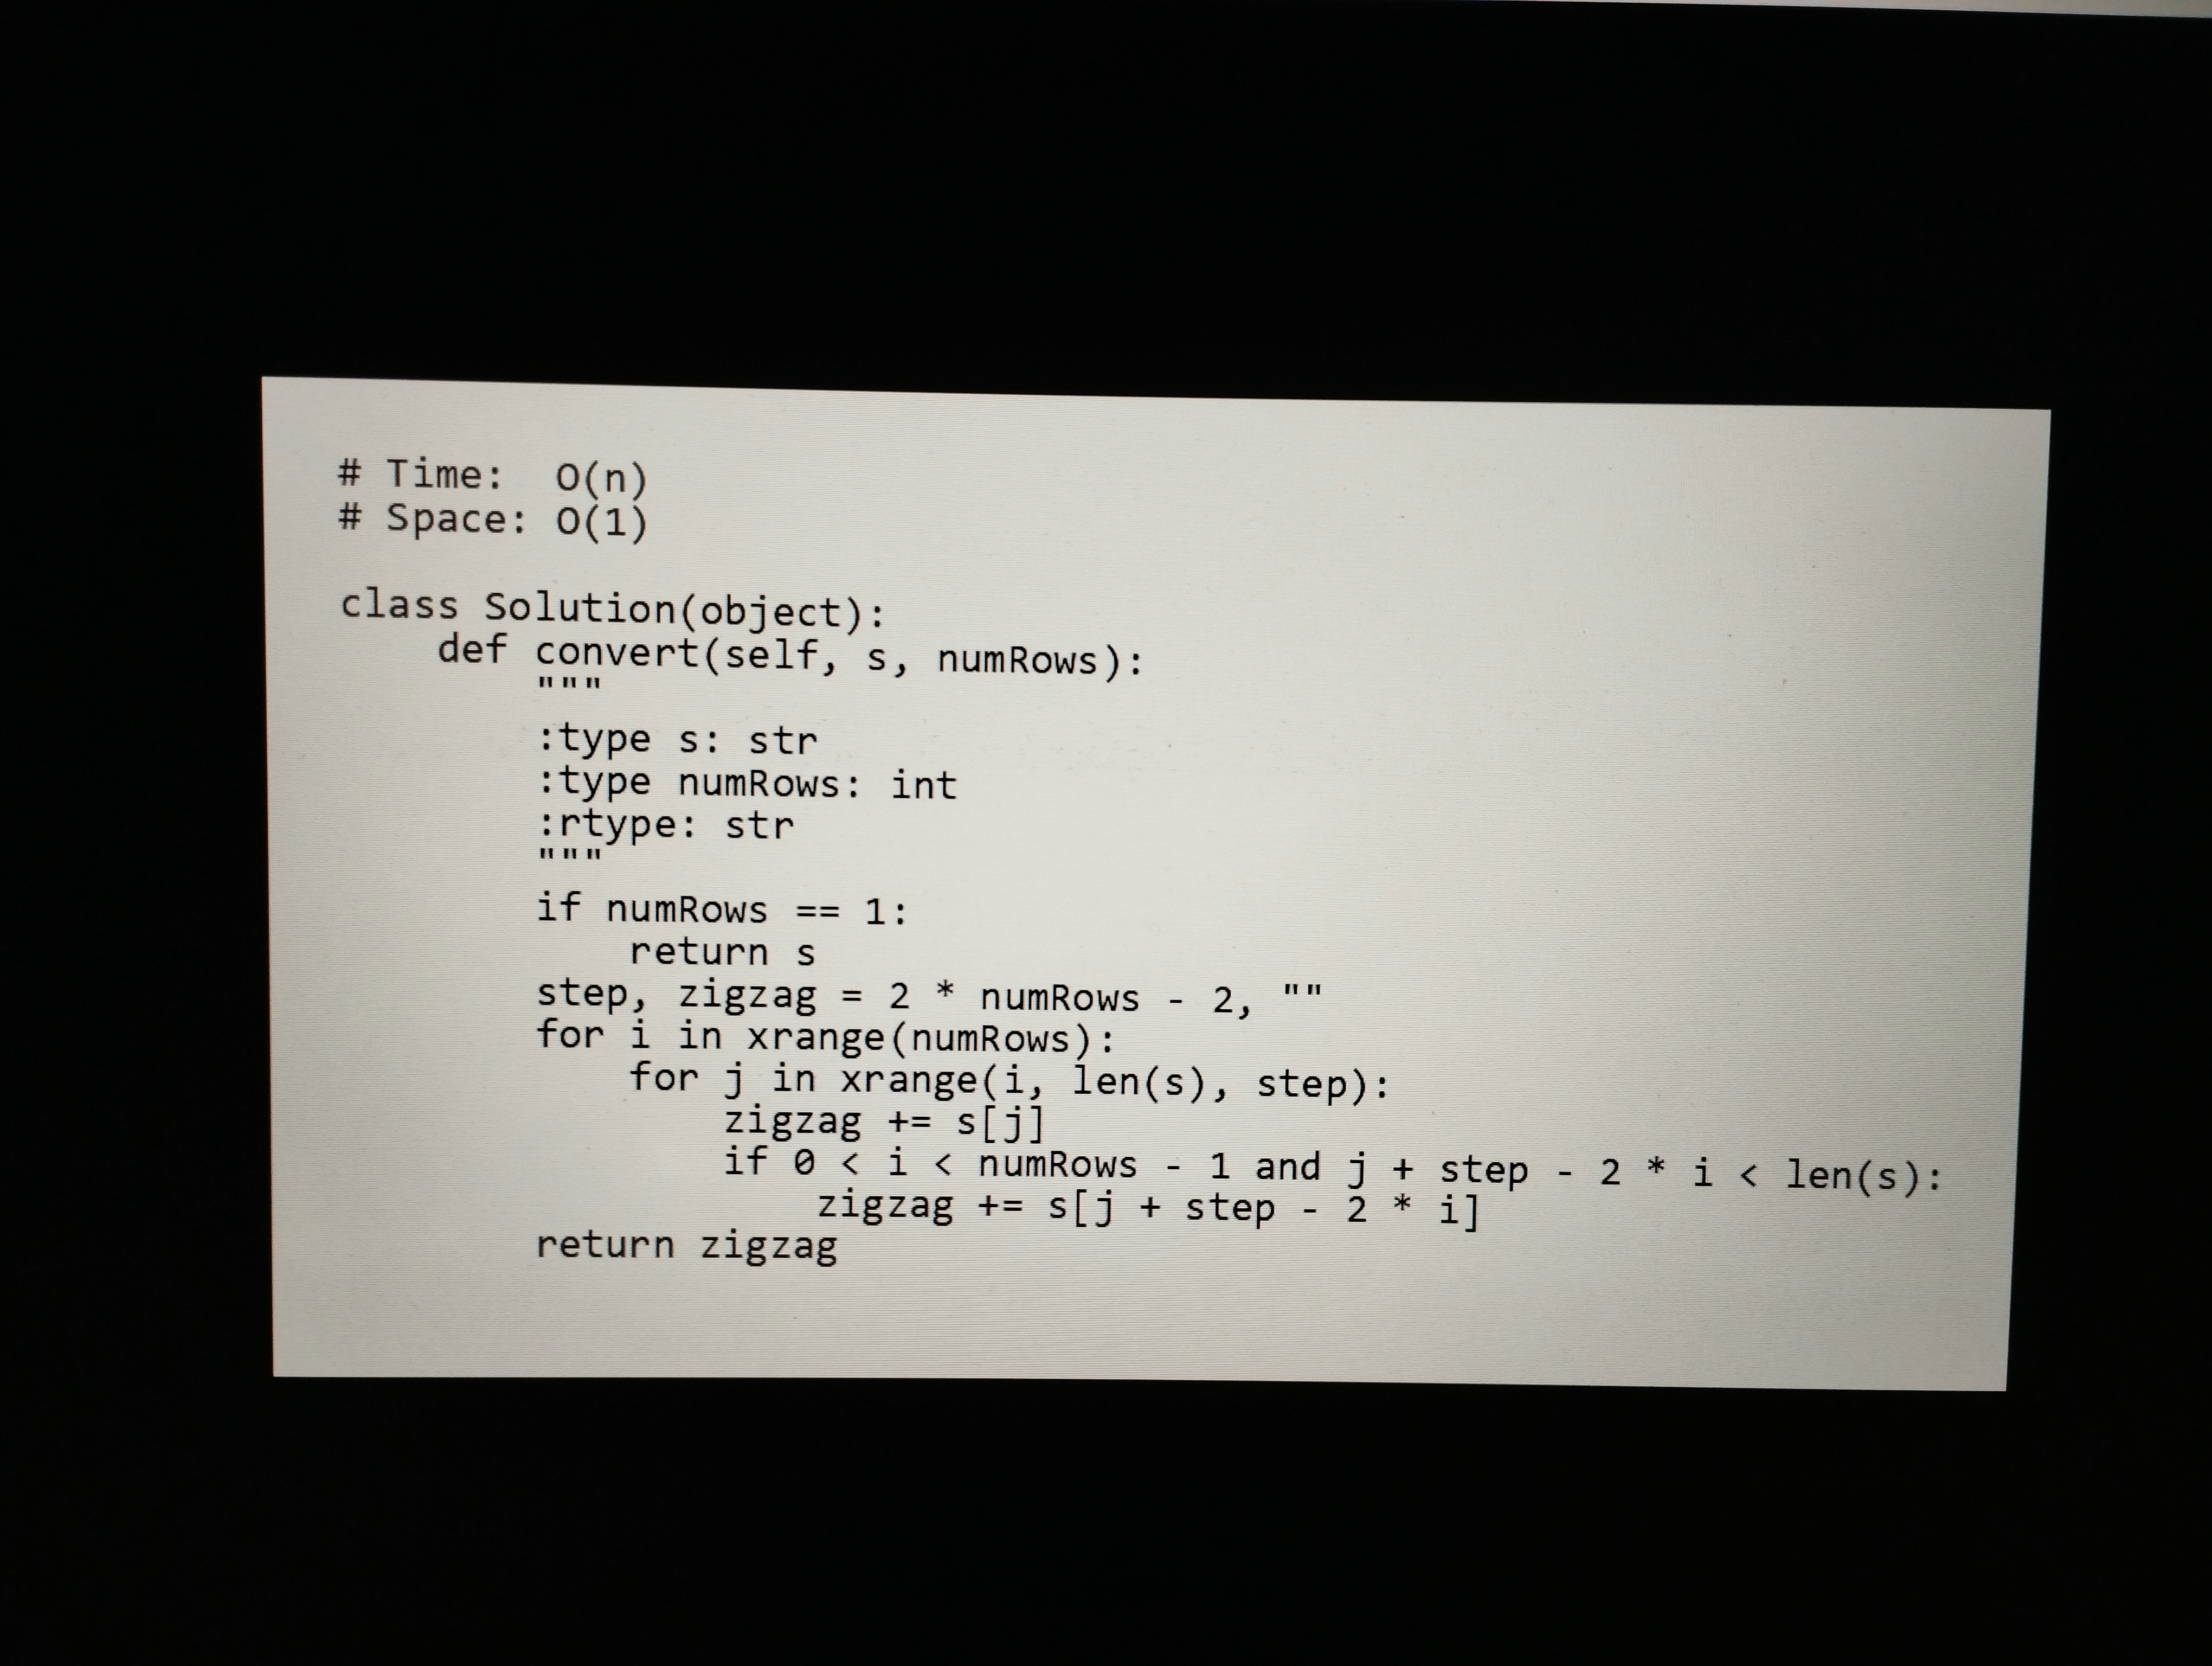
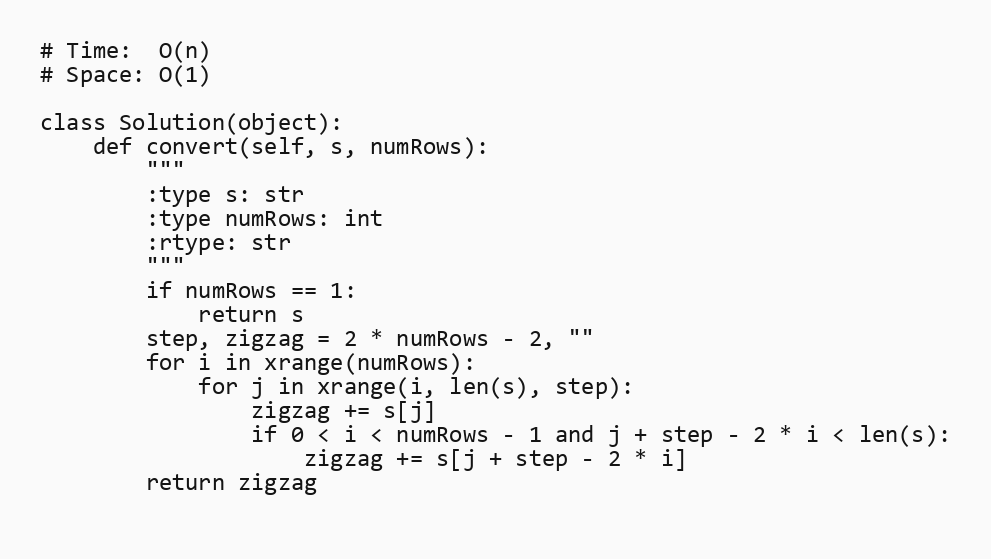
# Time:  O(n)
# Space: O(1)

class Solution(object):
    def convert(self, s, numRows):
        """
        :type s: str
        :type numRows: int
        :rtype: str
        """
        if numRows == 1:
            return s
        step, zigzag = 2 * numRows - 2, ""
        for i in xrange(numRows):
            for j in xrange(i, len(s), step):
                zigzag += s[j]
                if 0 < i < numRows - 1 and j + step - 2 * i < len(s):
                    zigzag += s[j + step - 2 * i]
        return zigzag